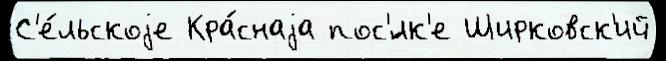
С'е́льскоjе Кра́снаjа пос'́лк'е Ширковск'ий